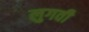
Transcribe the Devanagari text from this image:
लुगवी